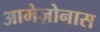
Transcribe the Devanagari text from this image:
आमेज़ोनास